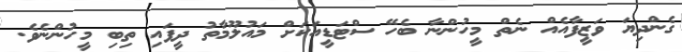
ގެންދިޔަ ވަޒީފާއެއް ނެތް މީހުންނާ ބެހޭ ސްޓަޑީއަކަށް މައުލޫމާތު ދީފައި ތިބި މީހުންނެވެ.